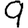
Digit: 9